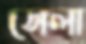
সেলা